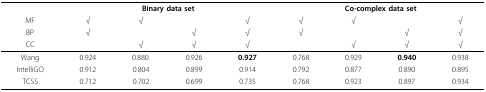
<table><thead><tr><td></td><td colspan="4"><b>Binary data set</b></td><td colspan="4"><b>Co-complex data set</b></td></tr><tr><td><b>MF</b></td><td><b>√</b></td><td><b>√</b></td><td></td><td><b>√</b></td><td><b>√</b></td><td><b>√</b></td><td></td><td><b>√</b></td></tr><tr><td><b>BP</b></td><td><b>√</b></td><td></td><td><b>√</b></td><td><b>√</b></td><td><b>√</b></td><td></td><td><b>√</b></td><td><b>√</b></td></tr><tr><td><b>CC</b></td><td></td><td><b>√</b></td><td><b>√</b></td><td><b>√</b></td><td></td><td><b>√</b></td><td><b>√</b></td><td><b>√</b></td></tr></thead><tbody><tr><td>Wang</td><td>0.924</td><td>0.880.</td><td>0.926</td><td><b>0.927</b></td><td>0.768</td><td>0.929</td><td><b>0.940</b></td><td>0.938</td></tr><tr><td>IntelliGO</td><td>0.912</td><td>0.804</td><td>0.899</td><td>0.914</td><td>0.792</td><td>0.877</td><td>0.890</td><td>0.895</td></tr><tr><td>TCSS</td><td>0.712</td><td>0.702</td><td>0.699</td><td>0.735</td><td>0.768</td><td>0.923</td><td>0.897</td><td>0.934</td></tr></tbody></table>